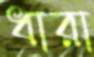
ধারা